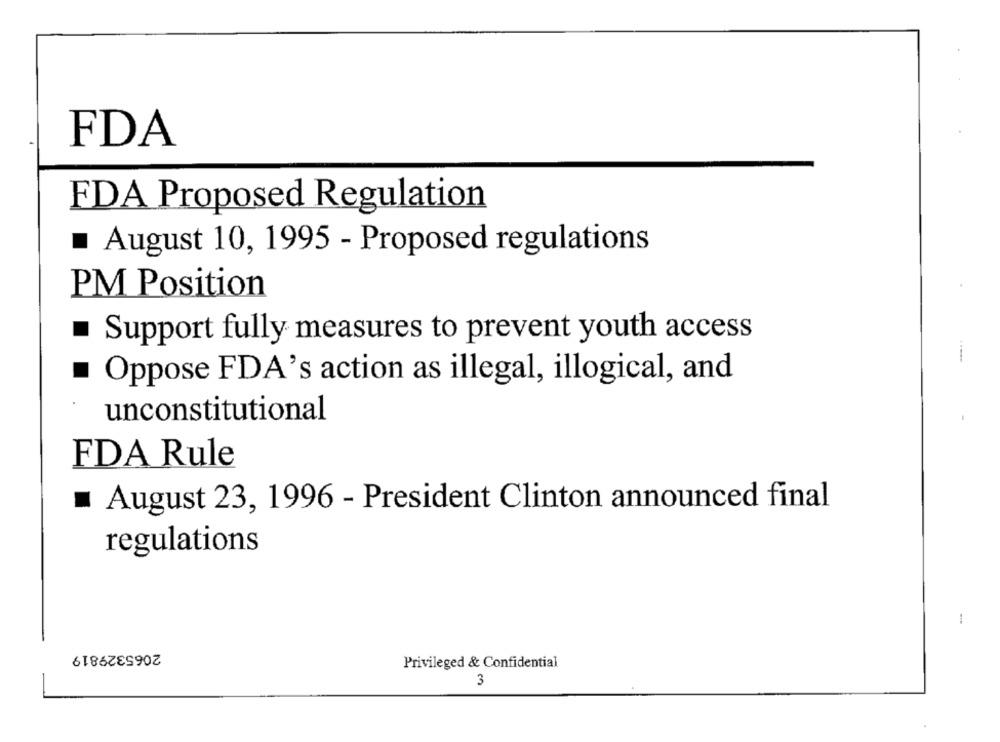
FDA
FDA Proposed Regulation
August 10, 1995 - Proposed regulations
PM Position
Support fully measures to prevent youth access
Oppose FDA's action as illegal, illogical, and
unconstitutional
FDA Rule
.
August 23, 1996 - President Clinton announced final
regulations
-
2065329819
Privileged & Confidential
3